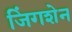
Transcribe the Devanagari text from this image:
जिंगशेन